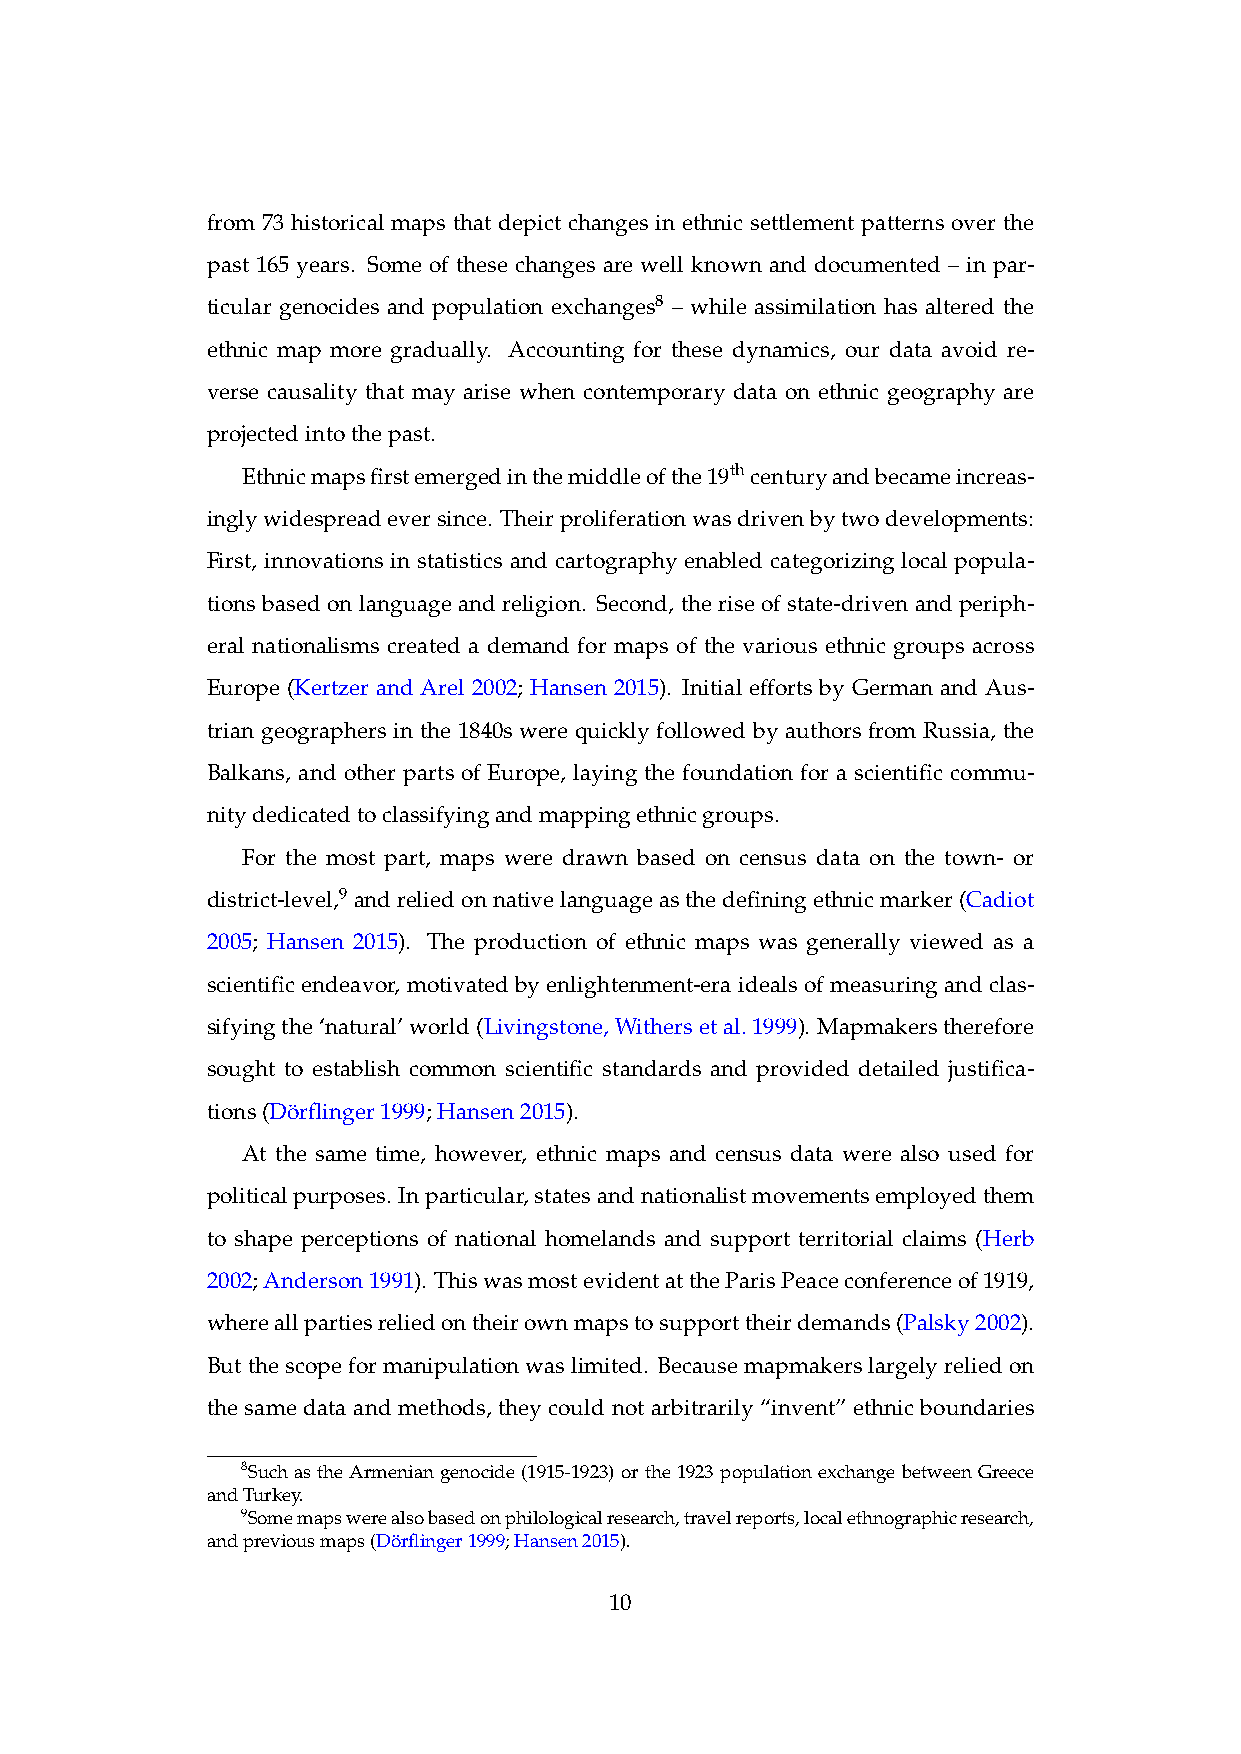
from 73 historical maps that depict changes in ethnic settlement patterns over the
 past 165 years. Some of these changes are well known and documented – in par-
 ticular genocides and population exchanges8 – while assimilation has altered the
 ethnic map more gradually. Accounting for these dynamics, our data avoid re-
 verse causality that may arise when contemporary data on ethnic geography are
 projectedintothepast.
 Ethnicmapsfirstemergedinthemiddleofthe19thcenturyandbecameincreas-
 inglywidespreadeversince. Theirproliferationwasdrivenbytwodevelopments:
 First, innovations in statistics and cartography enabled categorizing local popula-
 tions based on language and religion. Second, the rise of state-driven and periph-
 eral nationalisms created a demand for maps of the various ethnic groups across
 Europe (Kertzer and Arel 2002; Hansen 2015). Initial efforts by German and Aus-
 trian geographers in the 1840s were quickly followed by authors from Russia, the
 Balkans, and other parts of Europe, laying the foundation for a scientific commu-
 nitydedicatedtoclassifyingandmappingethnicgroups.
 For the most part, maps were drawn based on census data on the town- or
 district-level,9 andreliedonnativelanguageasthedefiningethnicmarker(Cadiot
 2005; Hansen 2015). The production of ethnic maps was generally viewed as a
 scientific endeavor, motivated by enlightenment-era ideals of measuring and clas-
 sifyingthe‘natural’world(Livingstone,Withersetal.1999). Mapmakerstherefore
 sought to establish common scientific standards and provided detailed justifica-
 tions(Do¨rflinger1999;Hansen2015).
 At the same time, however, ethnic maps and census data were also used for
 politicalpurposes. Inparticular,statesandnationalistmovementsemployedthem
 to shape perceptions of national homelands and support territorial claims (Herb
 2002;Anderson1991). ThiswasmostevidentattheParisPeaceconferenceof1919,
 whereallpartiesreliedontheirownmapstosupporttheirdemands(Palsky2002).
 Butthescopeformanipulationwaslimited. Becausemapmakerslargelyreliedon
 the same data and methods, they could not arbitrarily “invent” ethnic boundaries
 8Such as the Armenian genocide (1915-1923) or the 1923 population exchange between Greece
 andTurkey.
 9Somemapswerealsobasedonphilologicalresearch,travelreports,localethnographicresearch,
 andpreviousmaps(Do¨rflinger1999;Hansen2015).
 10